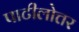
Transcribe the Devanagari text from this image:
पाटीलोत्तर